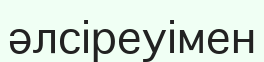
әлсіреуімен